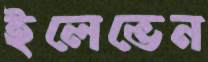
ইলেভেন